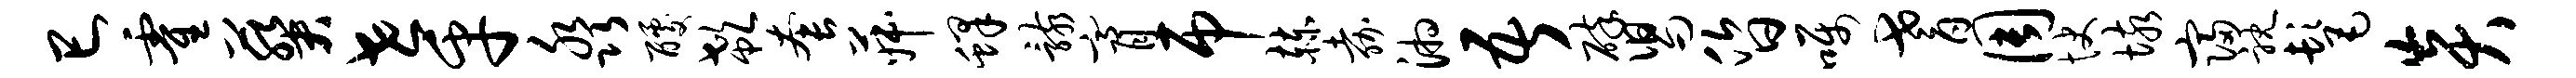
巳霍葵世乎淼醵欷套菽蜂骸膏吊赫嘉湘吾碎舄昏嘱耆周快垓寝耽髦炎